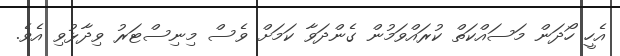
އެހީ ހޯދަން މަސައްކަތް ކުރައްވަމުން ގެންދަވާ ކަމަށް ވެސް މިނިސްޓަރު ވިދާޅުވި އެވެ.